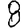
Digit: 8